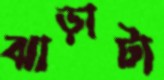
ঝাড়াটা